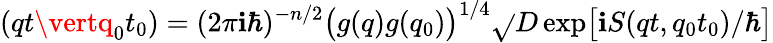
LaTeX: (qt\vertq_{0}t_{0})=(2\pi\mathbf{i}\hbar)^{-n/2}\bigl(g(q)g(q_{0})\bigr)^{1/4}\sqrt{}{{D}}\exp\bigl[\mathbf{i}S(qt,q_{0}t_{0})/\hbar\bigr]